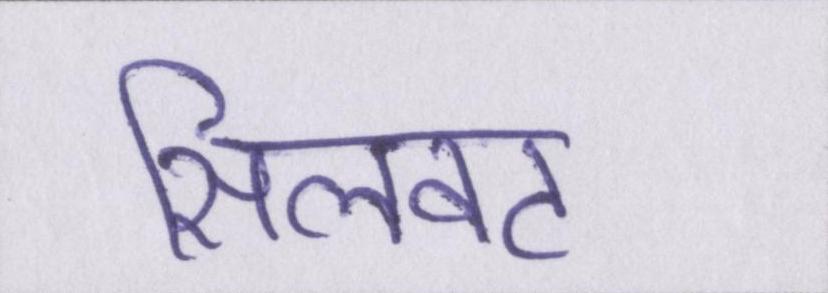
सिलवट